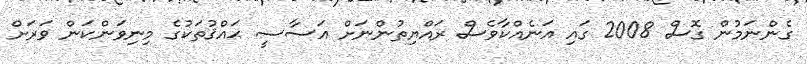
ގެންނަމުން ގޮސް 2008 ގައި އަނެއްކާވެސް ރައްޔިތުންނަށް އަސާސީ ޙައްޤުތަކުގެ މިނިވަންކަން ވަރަށް